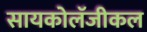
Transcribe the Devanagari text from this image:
सायकोलॅजीकल